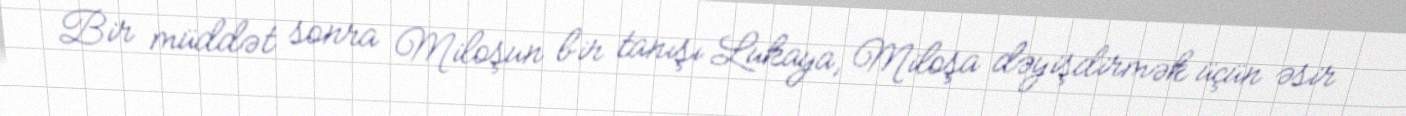
Bir müddət sonra Miloşun bir tanışı Lukaya, Miloşa dəyişdirmək üçün əsir